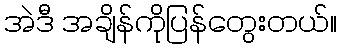
အဲဒီ အချိန်ကိုပြန်တွေးတယ်။